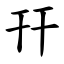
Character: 幵